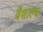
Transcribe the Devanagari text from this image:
वैशाल्य